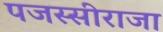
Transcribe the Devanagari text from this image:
पजस्सीराजा